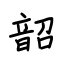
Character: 韶